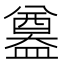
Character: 𥂴